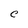
Character: C